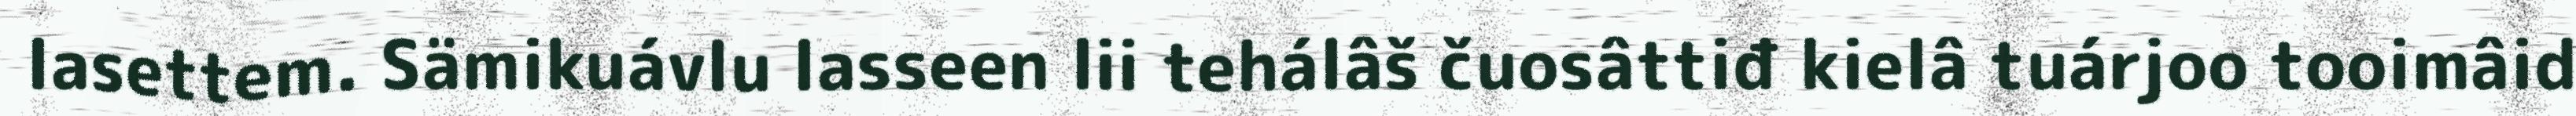
lasettem. Sämikuávlu lasseen lii tehálâš čuosâttiđ kielâ tuárjoo tooimâid